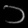
Digit: ၁